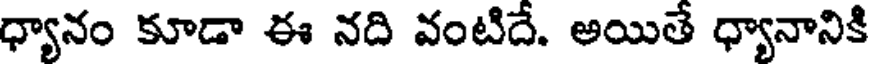
ధ్యానం కూడా ఈ నది వంటిదే. అయితే ధ్యానానికి